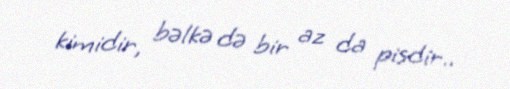
kimidir, bəlkə də bir az da pisdir..